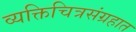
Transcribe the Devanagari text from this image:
व्यक्तिचित्रसंग्रहात